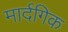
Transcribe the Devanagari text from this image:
मार्दगिक